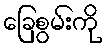
ခြေစွမ်းကို